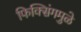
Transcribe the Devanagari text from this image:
फिक्सिंगमुळे